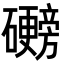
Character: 𬒩